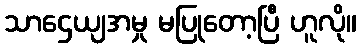
သာဌေယျအမှု မပြုတော့ပြီ ဟူလို။